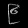
Digit: ၉